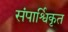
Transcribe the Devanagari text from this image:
संपार्श्विकृत